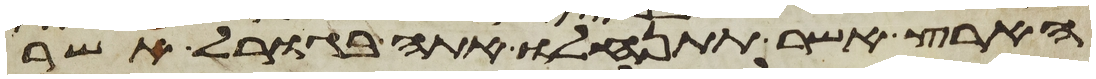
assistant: הארץ אשר תתנחלו אתה בגורל אשר